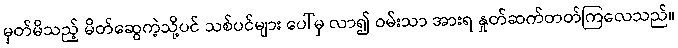
မှတ်မိသည့် မိတ်ဆွေကဲ့သို့ပင် သစ်ပင်များ ပေါ်မှ လာ၍ ဝမ်းသာ အားရ နှုတ်ဆက်တတ်ကြလေသည်။